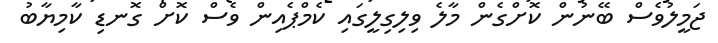
ޖަމީލުވެސް ބޭނުން ކޮށްގެން މާލެ ވިލިގިލީގައި ކެމްޕެއިން ވެސް ކޮށް ގޮނޑި ކާމިޔާބު